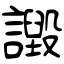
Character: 譭